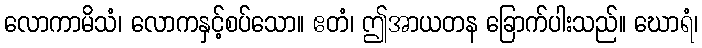
လောကာမိသံ၊ လောကနှင့်စပ်သော။ ဧတံ၊ ဤအာယတန ခြောက်ပါးသည်။ ဃောရံ၊